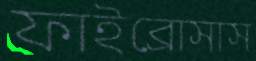
ফাইব্রোসাস